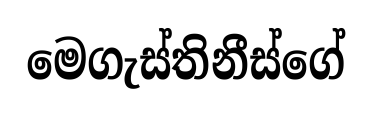
මෙගැස්තිනීස්ගේ